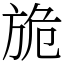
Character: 㫉